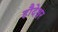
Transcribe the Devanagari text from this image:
हौदेश्वर